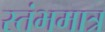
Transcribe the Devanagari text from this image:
स्तंभमात्र